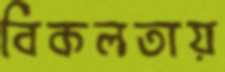
বিকলতায়